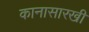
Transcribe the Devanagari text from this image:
कानासारखी